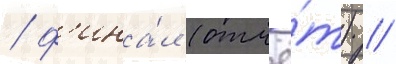
/ ф'ина́л (отчё́т) //